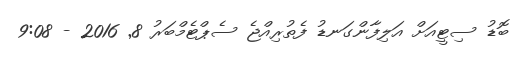
ބޮޑު ސިޓީއަށް އަލިފާންގަނޑު ފެތުރިއްޖެ ސެޕްޓެމްބަރު 8